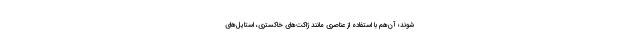
‌شوند؛ آن‌هم با استفاده از عناصری مانند ژاکت‌های خاکستری، استایل‌های